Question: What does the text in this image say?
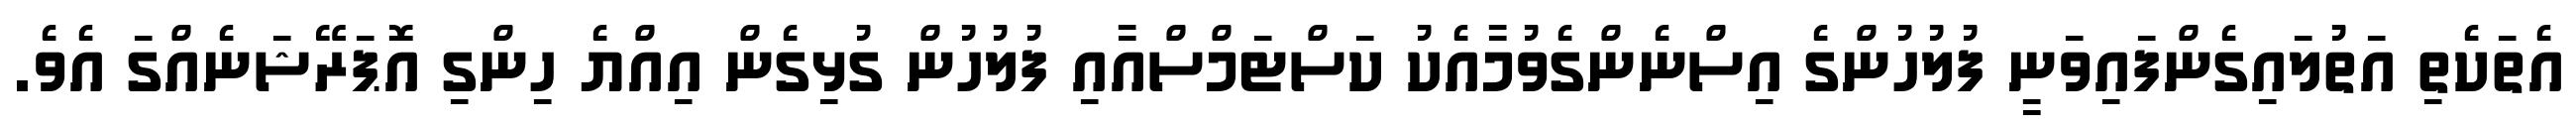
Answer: އެތަކެތި އަތުލައިގެންފައިވަނީ ފުލުހުންގެ އިސްނެންގެވުމާއެކު ކަސްޓަމްސްއާއި ފުލުހުން ގުޅިގެން އިއްޔެ ހިންގި އޮޕަރޭޝަނެއްގަ އެވެ.